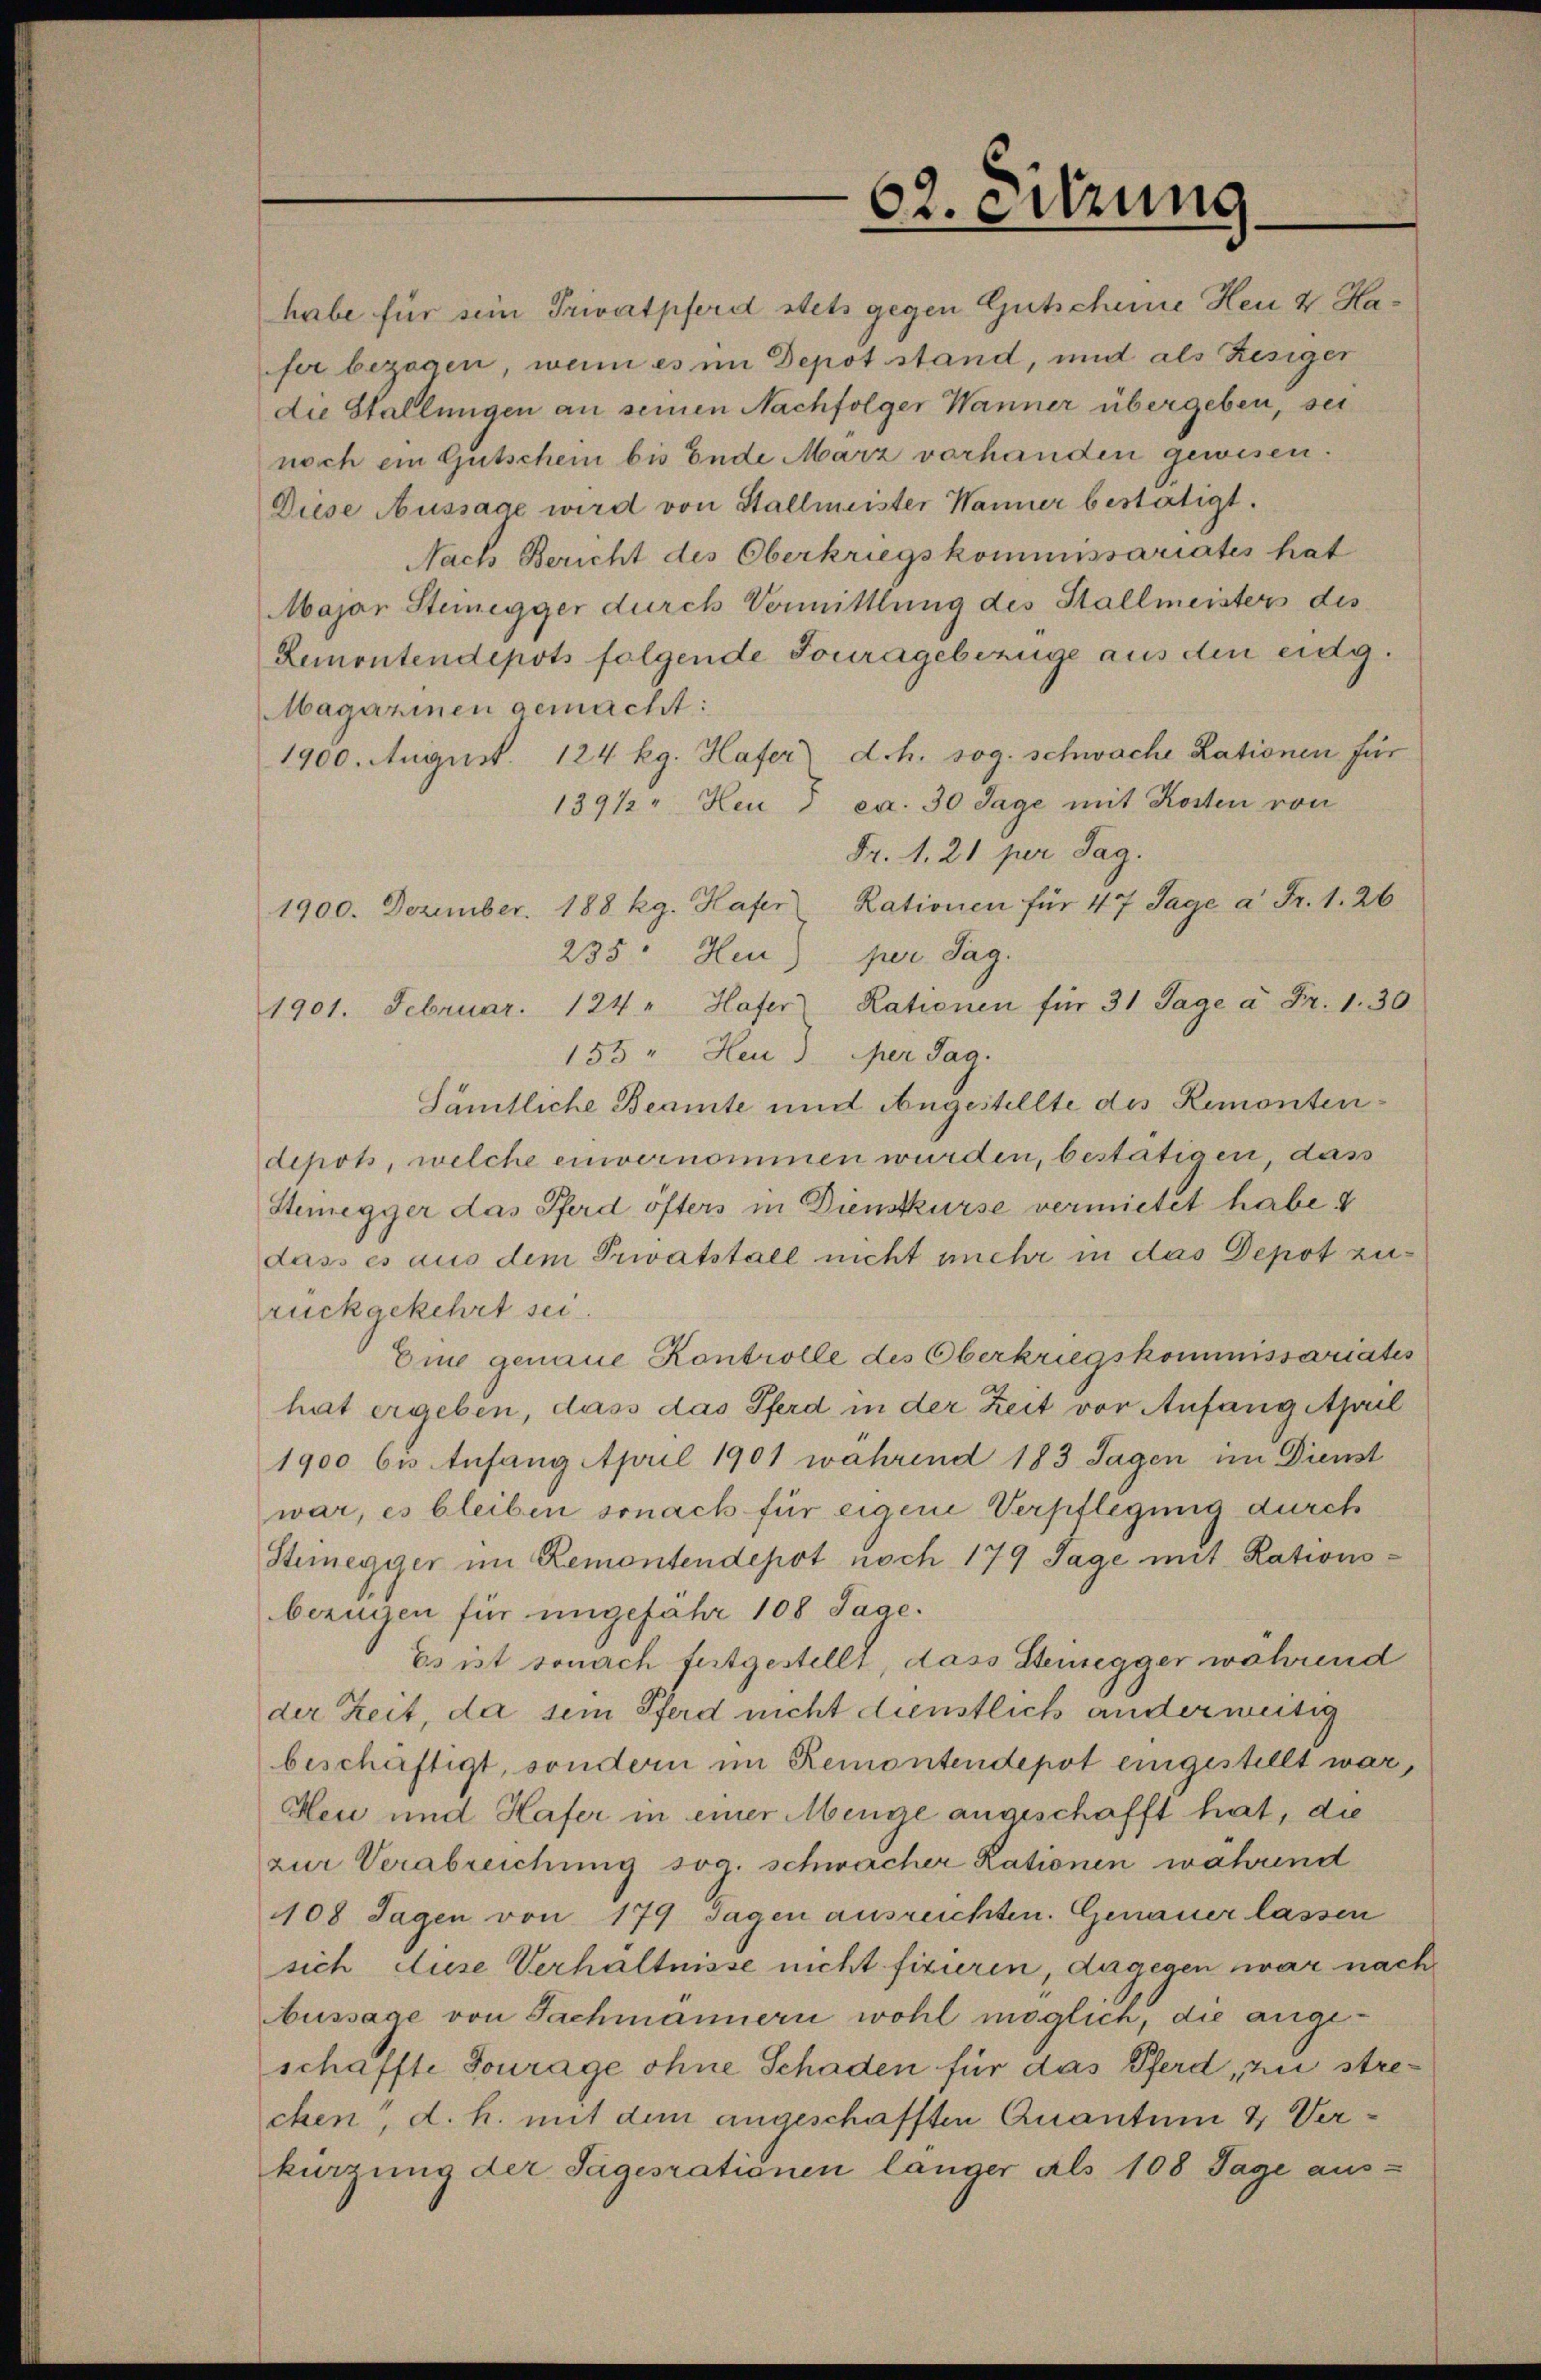
62. Sitzung

habe für sein Privatpferd stets gegen Gutscheine Heu & Hafer bezogen, wenn es im Depot stand, und als Resiger
die Stallungen an seinen Nachfolger Wanner übergeben, sei
noch ein Gutschein bis Ende Marz vorhanden gewesen.
Diese Aussage wird von Stallmeister Wanner bestätigt.
Nach Bericht des Oberkriegskommissariates hat
Major Steinegger durch Vormittlung des Stallmeisters des
Remontendepots folgende Jouragebezüge aus den eidg.
Magarinen gemacht:
1900. August. 124 kg. Hafer d.h. sog. schwache Lationen für
1391/2. Heu ) ca. 30 Tage mit Kosten von
Fr. 1. 21 per Tag.
1900. Dezember. 188 kg. Hafer Rationen für 47 Tage à Fr. 1. 26
235. Heur) per Tag.
1901. Februar. 124. Hafer Rationen für 31 Tage à Fr. 1. 30
155 " Heu der Tag.
Sämtliche Beamte und Angestellte des Remontendepos, welche einvernommen wurden, bestätigen, das
Stenegger das Pferd öfters in Dienstkurse vermietet habe.
dass es aus dem Privatstall nicht mehr in das Depot zurückgekehrt sei.
Eine genaue Kontrolle des Oberkriegskommissariates
hat ergeben, dass das Pferd in der Zeit vor Anfang April
1900 bis Anfang April 1901 wahrend 183 Tagen im Dienst
war, es bleiben sonach für eigene Verpflegung durch
Steinegger im Remontendepot noch 179 Tage mit Rationsbezügen für ungefahr 108 Tage.
Es ist sonach festgestellt, dass Steinsegger während
der Zeit, da sein Pferd nicht dienstlich anderweitig
beschäftigt, sondern im Remontendepot eingestellt war,
Heu und Hafer in einer Menge angeschafft hat, die
zur Verabreichung sog. schwacher Rationen wahrend
108 Sagen von 179 Tagen ausreichten. Genauer lassen
sich diese Verhältnisse nicht fixieren, dagegen zwar nach
bussage von Fachmännern wohl möglich, die angeschaffte Fourage ohne Schaden für das Pferd, zu strechen, d. h. mit dem angeschafften Quantum & Verkürzung der Sageszationen länger als 108 Tage aus-